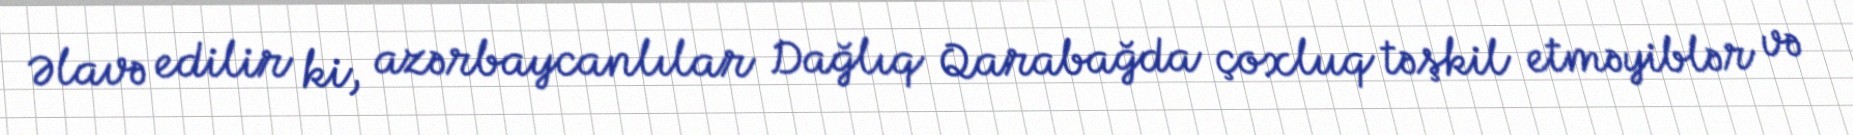
Əlavə edilir ki, azərbaycanlılar Dağlıq Qarabağda çoxluq təşkil etməyiblər və